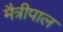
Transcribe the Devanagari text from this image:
मैत्रीपाल